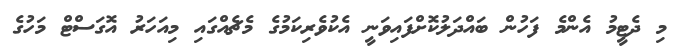
މި ދެޓީމު އެންމެ ފަހުން ބައްދަލުކޮށްފައިވަނީ އެކުވެރިކަމުގެ މެޗެއްގައި މިއަހަރު އޮގަސްޓް މަހުގެ